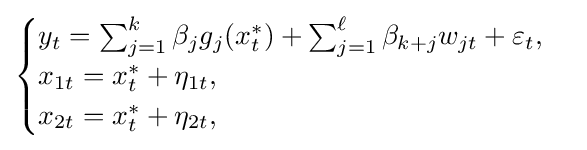
{\begin{cases}y_{t}=\textstyle \sum _{j=1}^{k}\beta _{j}g_{j}(x_{t}^{*})+\sum _{j=1}^{\ell }\beta _{k+j}w_{jt}+\varepsilon _{t},\\x_{1t}=x_{t}^{*}+\eta _{1t},\\x_{2t}=x_{t}^{*}+\eta _{2t},\end{cases}}